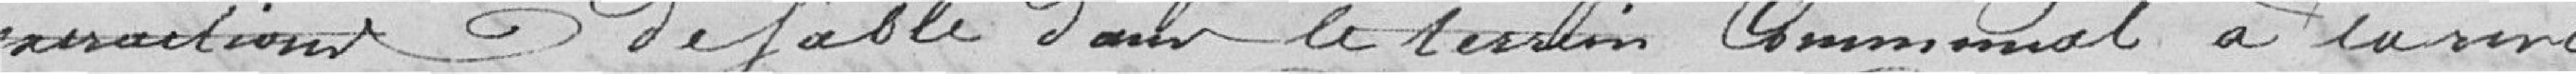
extractions de sable dans le terrain communale à la rive